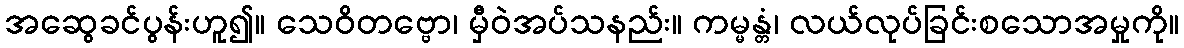
အဆွေခင်ပွန်းဟူ၍။ သေဝိတဗ္ဗော၊ မှီဝဲအပ်သနည်း။ ကမ္မန္တံ၊ လယ်လုပ်ခြင်းစသောအမှုကို။